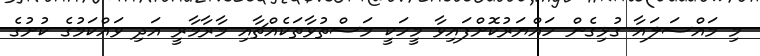
މި މައްސަލައާ ގުޅިގެން ހައްޔަރުކޮށްފައިވާ މީހަކީ މަސްތުވާތަކެއްޗާއި މާރާމާރީ އަދި ވައްކަމުގެ ކުށުގެ